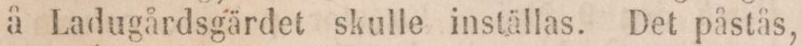
å Ladugårdsgärdet skulle inställas. Det påstås,